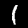
Digit: 1